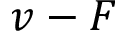
v - F